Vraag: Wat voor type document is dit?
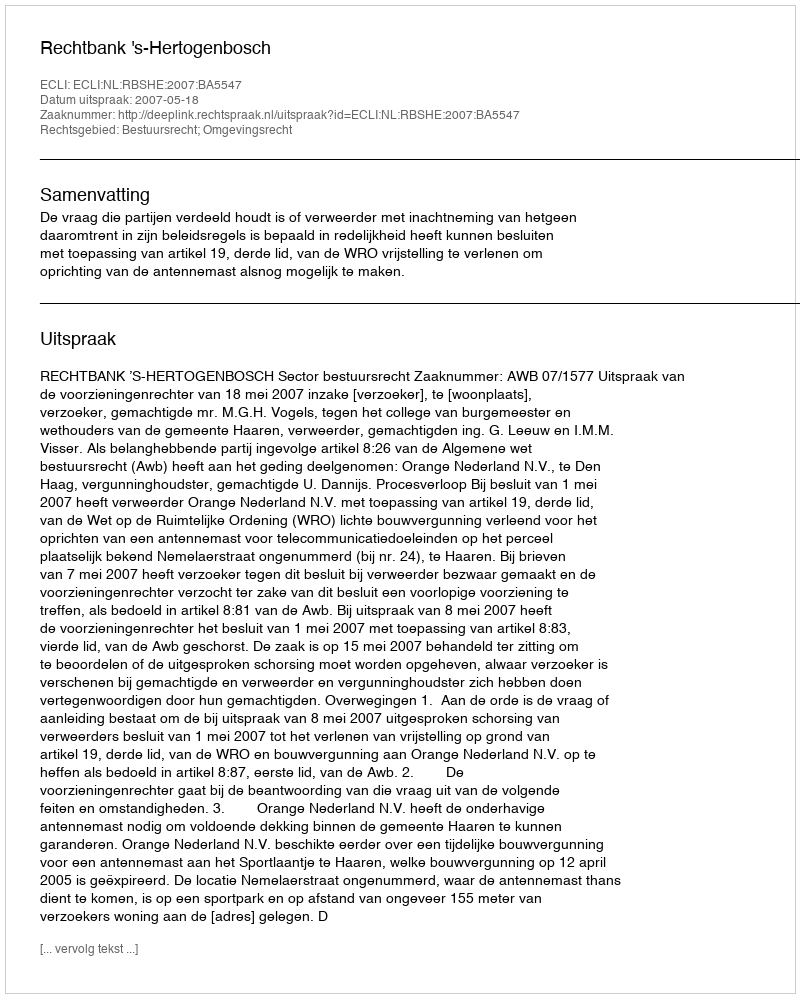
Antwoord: Uitspraak